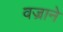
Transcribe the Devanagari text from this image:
वज्राने